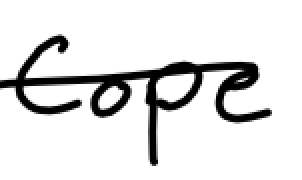
Text: Cope
Cross-out: single-line
Writing tool: digital_black